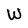
Character: W